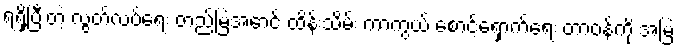
ရရှိပြီးတဲ့ လွတ်လပ်ရေး တည်မြဲအောင် ထိန်းသိမ်း ကာကွယ် စောင့်ရှောက်ရေး တာဝန်ကို အမြဲ